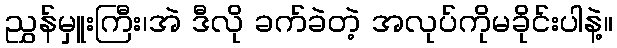
ညွှန်မှူးကြီး၊အဲ ဒီလို ခက်ခဲတဲ့ အလုပ်ကိုမခိုင်းပါနဲ့။